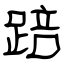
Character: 踣